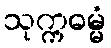
သုက္ကဓမ္မံ